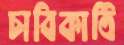
চাবিকাঠি